Vaccination in Bombay 1924-1928 - 1924-1928
Year: 1924
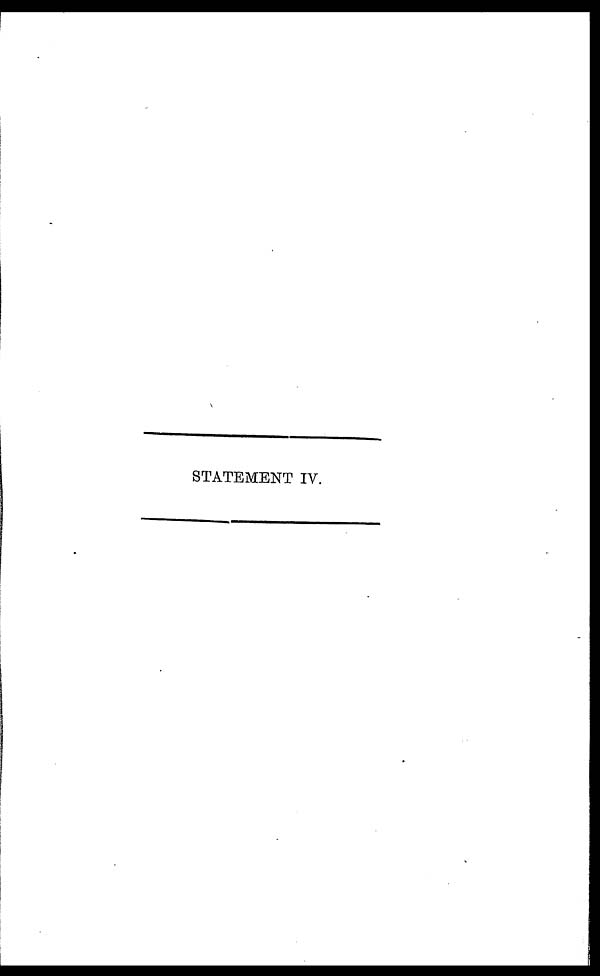
STATEMENT IV.